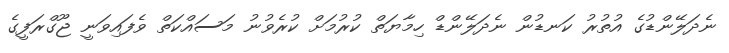
ނެދަލޭންޑުގެ އުތުރު ކަނޑުން ނެދަލޭންޑް ހިމާޔަތް ކުރުމަށް ކުރެވުނު މަސައްކަތް ވެފައިވަނީ ޖޫގްރަފީގެ